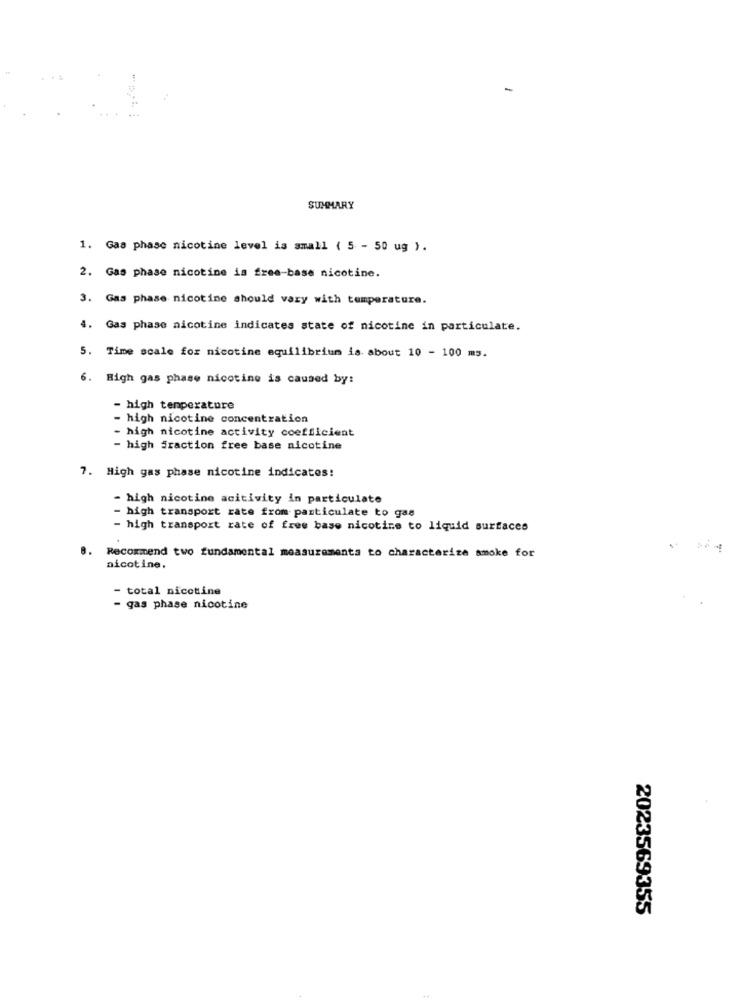
-
SUMMARY
1. Gas phase nicotine level is small ( 5 - 50 ug ).
2. Gas phase nicotine is free-base nicotine.
3. Gas phase nicotine should vary with temperature.
4. Gas phase nicotine indicates state of nicotine in particulate.
5. Time scale for nicotine equilibrium is about 10 - 100 m3.
6. High gas phase nicotine is caused by:
- high temperature
- high nicotine concentration
- high nicotine activity coefficient
- high fraction free base nicotine
7. High gas phase nicotine indicates:
- high nicotine acitivity in particulate
- high transport rate from particulate to gas
- high transport rate of free base nicotine to liquid surfaces
8. Recommend two fundamental measurements to characterize smoke for
nicotine.
- total nicotine
- gas phase nicotine
2023569355